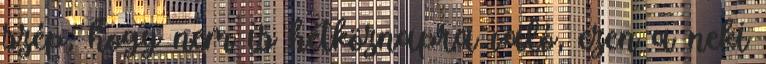
szép, hogy nem is hétköznapra való, ezen a neki